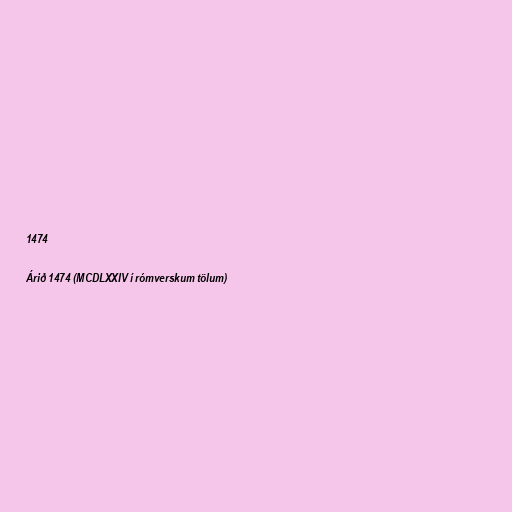
1474

Árið 1474 (MCDLXXIV í rómverskum tölum)